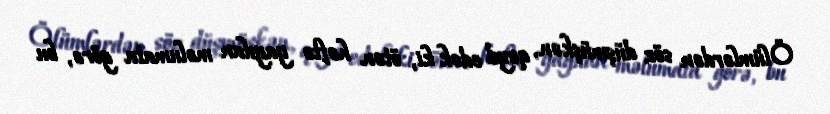
Ölümlərdən söz düşmüşkən, qeyd edək ki, ötən həftə yayılan məlumata görə, bu